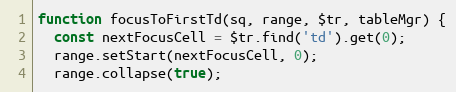
Language: JavaScript
function focusToFirstTd(sq, range, $tr, tableMgr) {
  const nextFocusCell = $tr.find('td').get(0);
  range.setStart(nextFocusCell, 0);
  range.collapse(true);